Indian Civil Veterinary Department memoirs
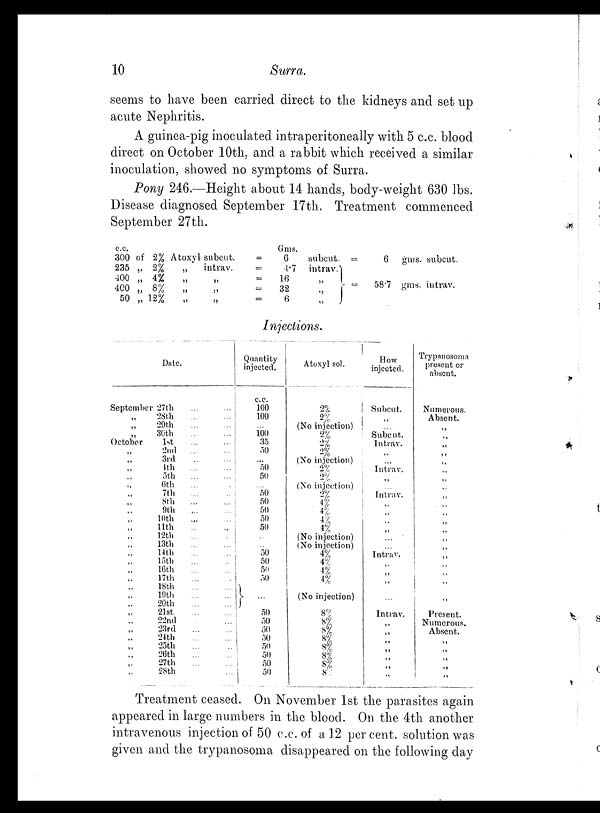
10
Surra.
seems to have been carried direct to the kidneys and set up
acute Nephritis.
A guinea-pig inoculated intraperitoneally with 5 c.c. blood
direct on October 10th, and a rabbit which received a similar
inoculation, showed no symptoms of Surra.
Pony 246.—Height about 14 hands, body-weight 630 lbs.
Disease diagnosed September 17th. Treatment commenced
September 27th.
c.c.
300 of 2%
235 „ 2%
400 „ 4%
400 „ 8%
50 „ 12%
Atoxyl
„
„
„
„
subcut.
intrav.
„
„
„
=
=
=
=
=
Gms.
6
4.7
16
32
6
subcut.
intrav.
„
„
„
= 6
= 58.7
gms. subcut.
gms. intrav.
Injections.
Date.
September
„
„
„
October
„
„
„
„
„
„
„
„
„
„
„
„
„
„
„
„
„
„
„
„
„
„
„
„
„
„
„
27th ... ...
28th
...
...
29th ... ...
30th
...
...
1st ... ...
2nd ... ...
3rd ... ...
4th ... ...
5th ... ...
6th ... ...
7th
...
...
8th
...
...
9th
...
...
10th
...
...
11th ... ...
12th ... ...
13th
...
...
14th
...
...
15th ... ...
16th
...
...
17th ... ...
18th
...
...
19th
...
...
20th
...
...
21st
...
...
22nd ... ...
23rd
...
...
24th
...
...
25th
...
...
26th
...
...
27th
...
...
28th ... ...
Quantity
injected.
c.c.
100
100
...
100
35
50
...
50
50
...
50
50
50
50
50
...
...
50
50
50
50
...
50
50
50
50
50
50
50
50
Atoxyl sol.
2%
2%
(No injection)
2%
2%
2%
(No injection)
2%
2%
(No injection)
2%
4%
4%
4%
4%
(No injection)
(No injection)
4%
4%
4%
4%
(No injection)
8%
8%
8%
8%
8%
8%
8%
8%
How
injected.
Subcut.
„
...
Subcut.
Intrav.
„
...
Intrav.
„
...
Intrav.
„
„
„
„
...
...
Intrav.
„
„
„
...
Intrav.
„
„
„
„
„
„
„
Trypanosoma
present or
absent.
Numerous.
Absent.
„
„
„
„
„
„
„
„
„
„
„
„
„
„
„
„
„
„
„
„
Present.
Numerous.
Absent.
„
„
„
„
„
Treatment ceased. On November 1st the parasites again
appeared in large numbers in the blood. On the 4th another
intravenous injection of 50 c.c. of a 12 per cent. solution was
given and the trypanosoma disappeared on the following day